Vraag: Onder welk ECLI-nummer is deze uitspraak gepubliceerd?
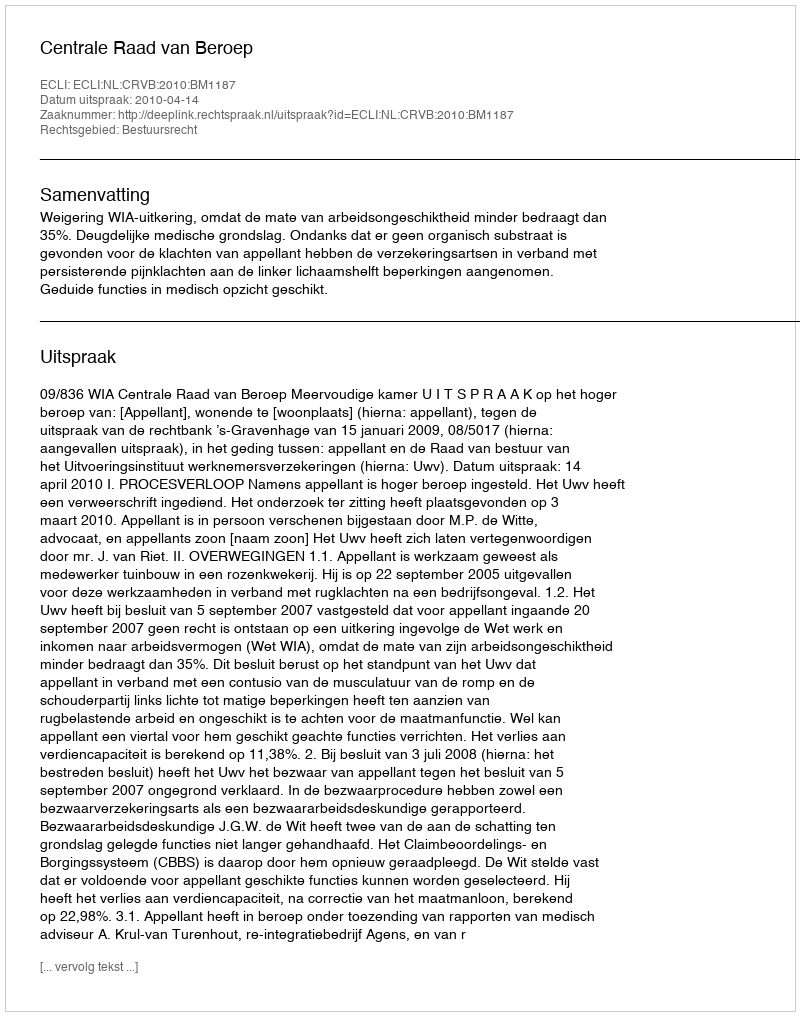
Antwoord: ECLI:NL:CRVB:2010:BM1187